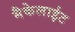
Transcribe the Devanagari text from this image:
मैकेलाईट